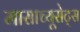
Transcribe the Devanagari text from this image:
मासाच्यूसेट्स